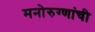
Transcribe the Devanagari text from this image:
मनोरुग्णांची